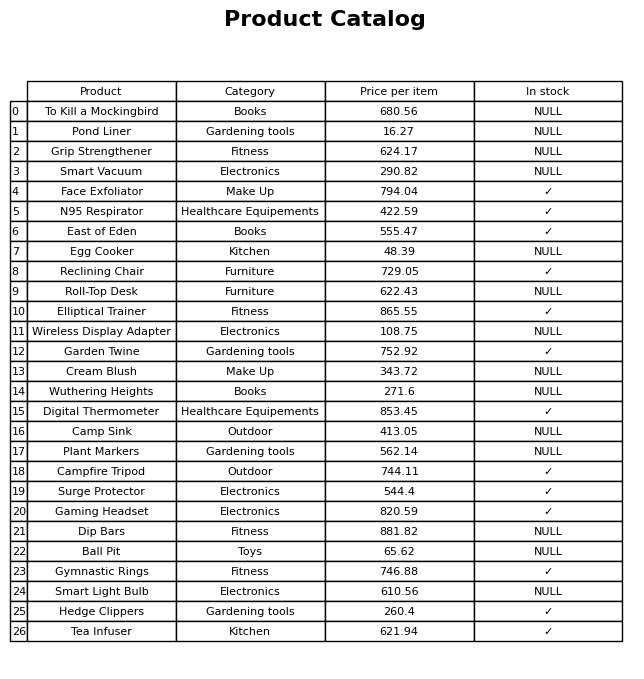
question: What is the price of the Plant Markers?
answer: The price of Plant Markers is 562.14.